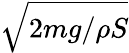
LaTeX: \sqrt{2mg/\rho S}